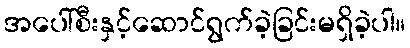
အပေါ်စီးနှင့်ဆောင်ရွက်ခဲ့ခြင်းမရှိခဲ့ပါ။